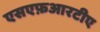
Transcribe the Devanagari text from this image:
एसएफ़आरटीए